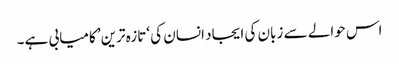
اس حوالے سے زبان کی ایجاد انسان کی ‘تازہ ترین’ کامیابی ہے۔